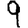
Digit: 9